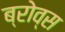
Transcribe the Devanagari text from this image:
ब्रोव्स